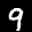
Label: 9